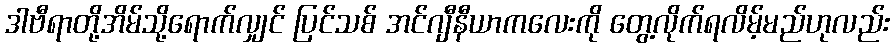
ဒါဗီရာတို့အိမ်သို့ရောက်လျှင် ပြင်သစ် အင်ဂျီနီယာကလေးကို တွေ့လိုက်ရလိမ့်မည်ဟုလည်း